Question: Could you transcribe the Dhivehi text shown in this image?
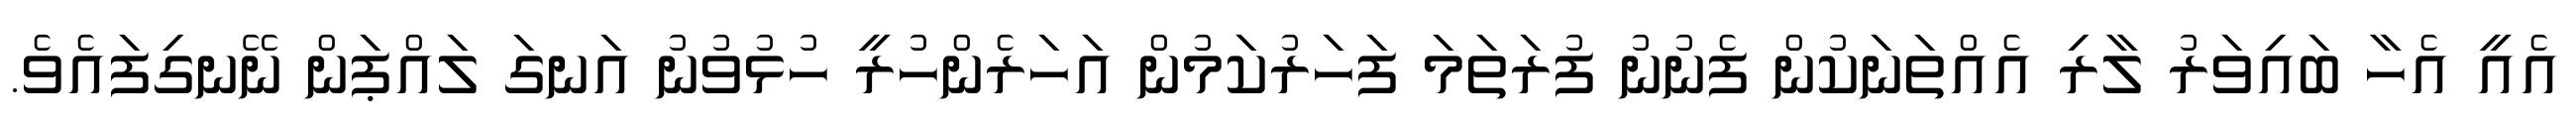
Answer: އެއީ އެހާ ބައިވަރު ލާރި އެއްތަނަކުން ފެނުނު ފުރަތަމަ ފަހަރުކަމުން އަހަރެންހުރީ ހުޅުވުނު އަނގަ ލައްޕަން ނޭނގިފައެވެ.